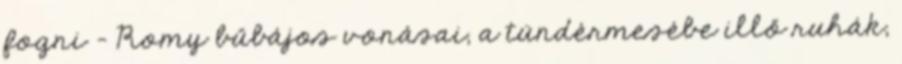
fogni - Romy bűbájos vonásai, a tündérmesébe illő ruhák,